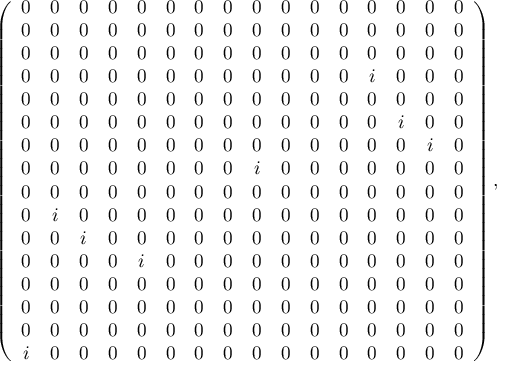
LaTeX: \left( \begin{array} { c c c c c c c c c c c c c c c c } { { 0 } } & { { 0 } } & { { 0 } } & { { 0 } } & { { 0 } } & { { 0 } } & { { 0 } } & { { 0 } } & { { 0 } } & { { 0 } } & { { 0 } } & { { 0 } } & { { 0 } } & { { 0 } } & { { 0 } } & { { 0 } } \\ { { 0 } } & { { 0 } } & { { 0 } } & { { 0 } } & { { 0 } } & { { 0 } } & { { 0 } } & { { 0 } } & { { 0 } } & { { 0 } } & { { 0 } } & { { 0 } } & { { 0 } } & { { 0 } } & { { 0 } } & { { 0 } } \\ { { 0 } } & { { 0 } } & { { 0 } } & { { 0 } } & { { 0 } } & { { 0 } } & { { 0 } } & { { 0 } } & { { 0 } } & { { 0 } } & { { 0 } } & { { 0 } } & { { 0 } } & { { 0 } } & { { 0 } } & { { 0 } } \\ { { 0 } } & { { 0 } } & { { 0 } } & { { 0 } } & { { 0 } } & { { 0 } } & { { 0 } } & { { 0 } } & { { 0 } } & { { 0 } } & { { 0 } } & { { 0 } } & { { i } } & { { 0 } } & { { 0 } } & { { 0 } } \\ { { 0 } } & { { 0 } } & { { 0 } } & { { 0 } } & { { 0 } } & { { 0 } } & { { 0 } } & { { 0 } } & { { 0 } } & { { 0 } } & { { 0 } } & { { 0 } } & { { 0 } } & { { 0 } } & { { 0 } } & { { 0 } } \\ { { 0 } } & { { 0 } } & { { 0 } } & { { 0 } } & { { 0 } } & { { 0 } } & { { 0 } } & { { 0 } } & { { 0 } } & { { 0 } } & { { 0 } } & { { 0 } } & { { 0 } } & { { i } } & { { 0 } } & { { 0 } } \\ { { 0 } } & { { 0 } } & { { 0 } } & { { 0 } } & { { 0 } } & { { 0 } } & { { 0 } } & { { 0 } } & { { 0 } } & { { 0 } } & { { 0 } } & { { 0 } } & { { 0 } } & { { 0 } } & { { i } } & { { 0 } } \\ { { 0 } } & { { 0 } } & { { 0 } } & { { 0 } } & { { 0 } } & { { 0 } } & { { 0 } } & { { 0 } } & { { i } } & { { 0 } } & { { 0 } } & { { 0 } } & { { 0 } } & { { 0 } } & { { 0 } } & { { 0 } } \\ { { 0 } } & { { 0 } } & { { 0 } } & { { 0 } } & { { 0 } } & { { 0 } } & { { 0 } } & { { 0 } } & { { 0 } } & { { 0 } } & { { 0 } } & { { 0 } } & { { 0 } } & { { 0 } } & { { 0 } } & { { 0 } } \\ { { 0 } } & { { i } } & { { 0 } } & { { 0 } } & { { 0 } } & { { 0 } } & { { 0 } } & { { 0 } } & { { 0 } } & { { 0 } } & { { 0 } } & { { 0 } } & { { 0 } } & { { 0 } } & { { 0 } } & { { 0 } } \\ { { 0 } } & { { 0 } } & { { i } } & { { 0 } } & { { 0 } } & { { 0 } } & { { 0 } } & { { 0 } } & { { 0 } } & { { 0 } } & { { 0 } } & { { 0 } } & { { 0 } } & { { 0 } } & { { 0 } } & { { 0 } } \\ { { 0 } } & { { 0 } } & { { 0 } } & { { 0 } } & { { i } } & { { 0 } } & { { 0 } } & { { 0 } } & { { 0 } } & { { 0 } } & { { 0 } } & { { 0 } } & { { 0 } } & { { 0 } } & { { 0 } } & { { 0 } } \\ { { 0 } } & { { 0 } } & { { 0 } } & { { 0 } } & { { 0 } } & { { 0 } } & { { 0 } } & { { 0 } } & { { 0 } } & { { 0 } } & { { 0 } } & { { 0 } } & { { 0 } } & { { 0 } } & { { 0 } } & { { 0 } } \\ { { 0 } } & { { 0 } } & { { 0 } } & { { 0 } } & { { 0 } } & { { 0 } } & { { 0 } } & { { 0 } } & { { 0 } } & { { 0 } } & { { 0 } } & { { 0 } } & { { 0 } } & { { 0 } } & { { 0 } } & { { 0 } } \\ { { 0 } } & { { 0 } } & { { 0 } } & { { 0 } } & { { 0 } } & { { 0 } } & { { 0 } } & { { 0 } } & { { 0 } } & { { 0 } } & { { 0 } } & { { 0 } } & { { 0 } } & { { 0 } } & { { 0 } } & { { 0 } } \\ { { i } } & { { 0 } } & { { 0 } } & { { 0 } } & { { 0 } } & { { 0 } } & { { 0 } } & { { 0 } } & { { 0 } } & { { 0 } } & { { 0 } } & { { 0 } } & { { 0 } } & { { 0 } } & { { 0 } } & { { 0 } } \end{array} \right) ,